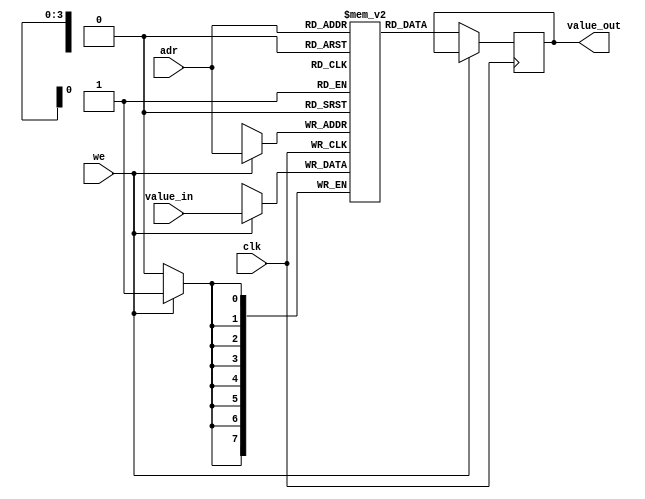
module memorie(input clk, input[3:0] adr, input we, input[7:0] value_in, output reg[7:0] value_out);
	reg[7:0] ram[0:15];
	
	always@(posedge clk) begin
		if (we == 1) begin
			ram[adr] <= value_in;
		end
		else begin 
			value_out <= ram[adr];
		end
	end
endmodule